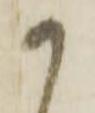
か